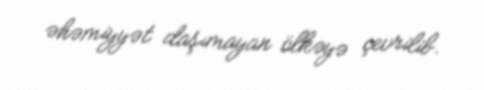
əhəmiyyət daşımayan ölkəyə çevrilib.